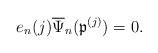
LaTeX: \begin{align*} e_n(j) \overline{\Psi}_n(\mathfrak{p}^{(j)}) = 0.\end{align*}